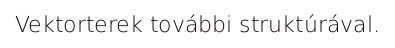
Vektorterek további struktúrával.